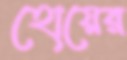
হোয়ের